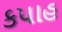
કપાહ